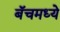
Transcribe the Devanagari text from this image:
बॅचमध्ये